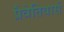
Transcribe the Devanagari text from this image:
प्रैवेतियार्स